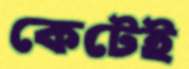
কেটেই